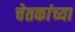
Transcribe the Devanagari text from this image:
चेतकांच्या